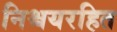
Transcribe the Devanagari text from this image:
निश्चयरहित